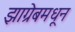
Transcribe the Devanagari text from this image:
झाग्रेबमधून